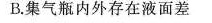
B.集气瓶内外存在液面差